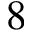
8